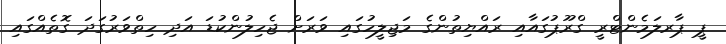
ޕީ ޕާރލަމެންޓްރީ ގްރޫޕުގައާއި ރައްޔިތުންގެ މަޖިލީހުގައި ވަރަށް ޖެހިލުންކުޑަ އަދި ހިތްވަރުގަދަ ގޮތެއްގައި